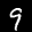
Label: 9